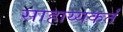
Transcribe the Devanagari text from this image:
साहाय्यकर्तं